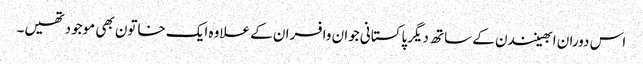
اس دوران ابھینندن کے ساتھ دیگرپاکستانی جوان وافسران کے علاوہ ایک خاتون بھی موجودتھیں۔